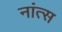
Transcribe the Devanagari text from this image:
नांत्स